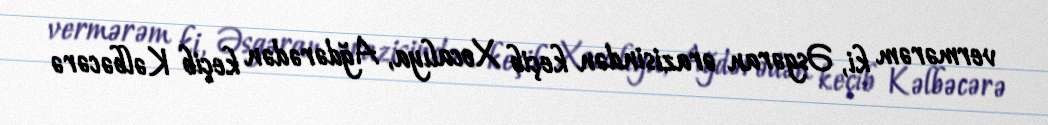
vermərəm ki, Əsgəran ərazisindən keçib Xocalıya, Ağdərədən keçib Kəlbəcərə